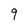
Character: 9